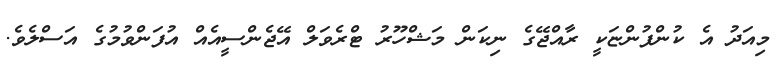
މިއަދު އެ ކުންފުންޏަކީ ރާއްޖޭގެ ނިކަން މަޝްހޫރު ޓްރެވަލް އޭޖެންސީއެއް އުފަންވުމުގެ އަސްލެވެ.